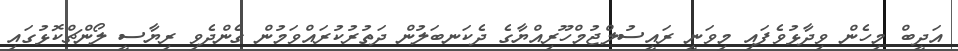
އަދީބް މިހެން ވިދާޅުވެފައި މިވަނީ ރައީސުލްޖުމްހޫރިއްޔާގެ ދެކަނބަލުން ދަތުރުކުރައްވަމުން ގެންދެވި ރިޔާސީ ލޯންޗްކޮޅުގައި